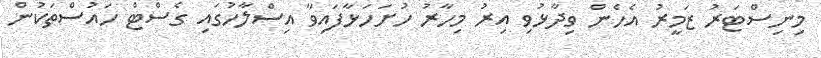
މިނިސްޓަރު ޒަމީރު އެހެން ވިދާޅުވި އިރު މިހާރު ހުށަހަޅާފައިވާ އިސްލާހުގައި ގެސްޓް ހައުސްތަކުން